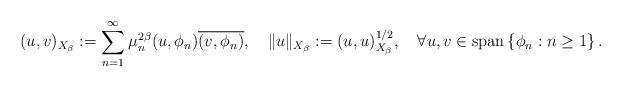
LaTeX: \begin{align*}(u,v)_{X_{\beta}}:=\sum_{n=1}^{\infty}{\mu_{n}^{2\beta}(u,\phi_{n})\overline{(v,\phi_{n})}},\quad\Vert u\Vert_{X_{\beta}}:=(u,u)_{X_{\beta}}^{1/2},\quad\forall u,v\in\operatorname*{span}\left\{ \phi_{n}:n\geq1\right\} . \end{align*}